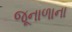
જૂનાળાના